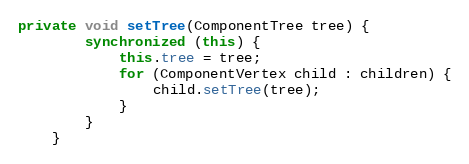
Language: Java
private void setTree(ComponentTree tree) {
        synchronized (this) {
            this.tree = tree;
            for (ComponentVertex child : children) {
                child.setTree(tree);
            }
        }
    }